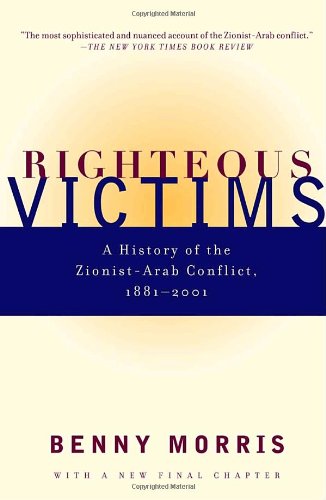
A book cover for Righteous Victims: A History of the Zionist-Arab Conflict, 1881-2001; Benny Morris; History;